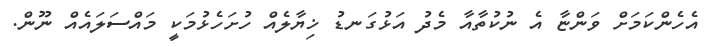
އެހެންކަމަށް ވަންޏާ އެ ނުކުތާއާ މެދު އަޅުގަނޑު ޚިޔާލެއް ހުށަހެޅުމަކީ މައްސަލައެއް ނޫން.